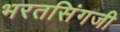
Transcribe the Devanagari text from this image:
भरतसिंगजी